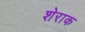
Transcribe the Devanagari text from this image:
शेराक